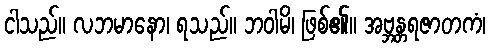
ငါသည်။ လဘမာနော၊ ရသည်။ ဘဝါမိ၊ ဖြစ်၏။ အဗ္ဘန္တရဇာတကံ၊